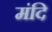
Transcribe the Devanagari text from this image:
मंदि